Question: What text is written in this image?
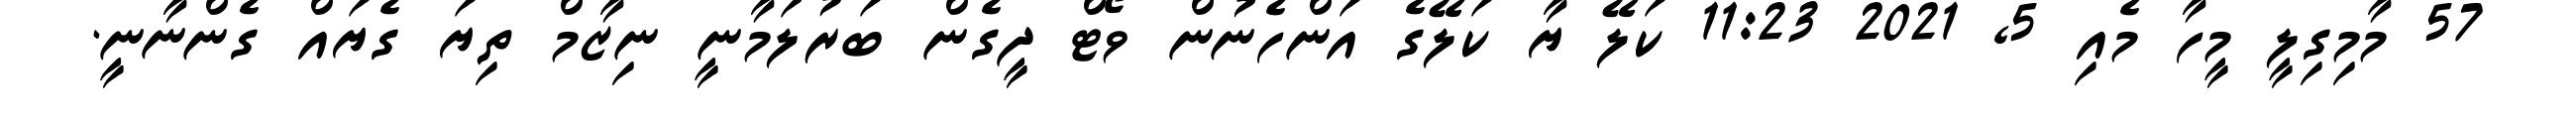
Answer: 57 މާމިގިލީ މީހާ މެއި 5, 2021 11:23 ކަލޭ ޔާ ކަލޭގެ އަންހެނުން ވޯޓް ދީގެން ބަރުލަމާނީ ނިޒާމް ތިޔަ ގެޔައް ގެންނާނީ.